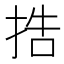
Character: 捁